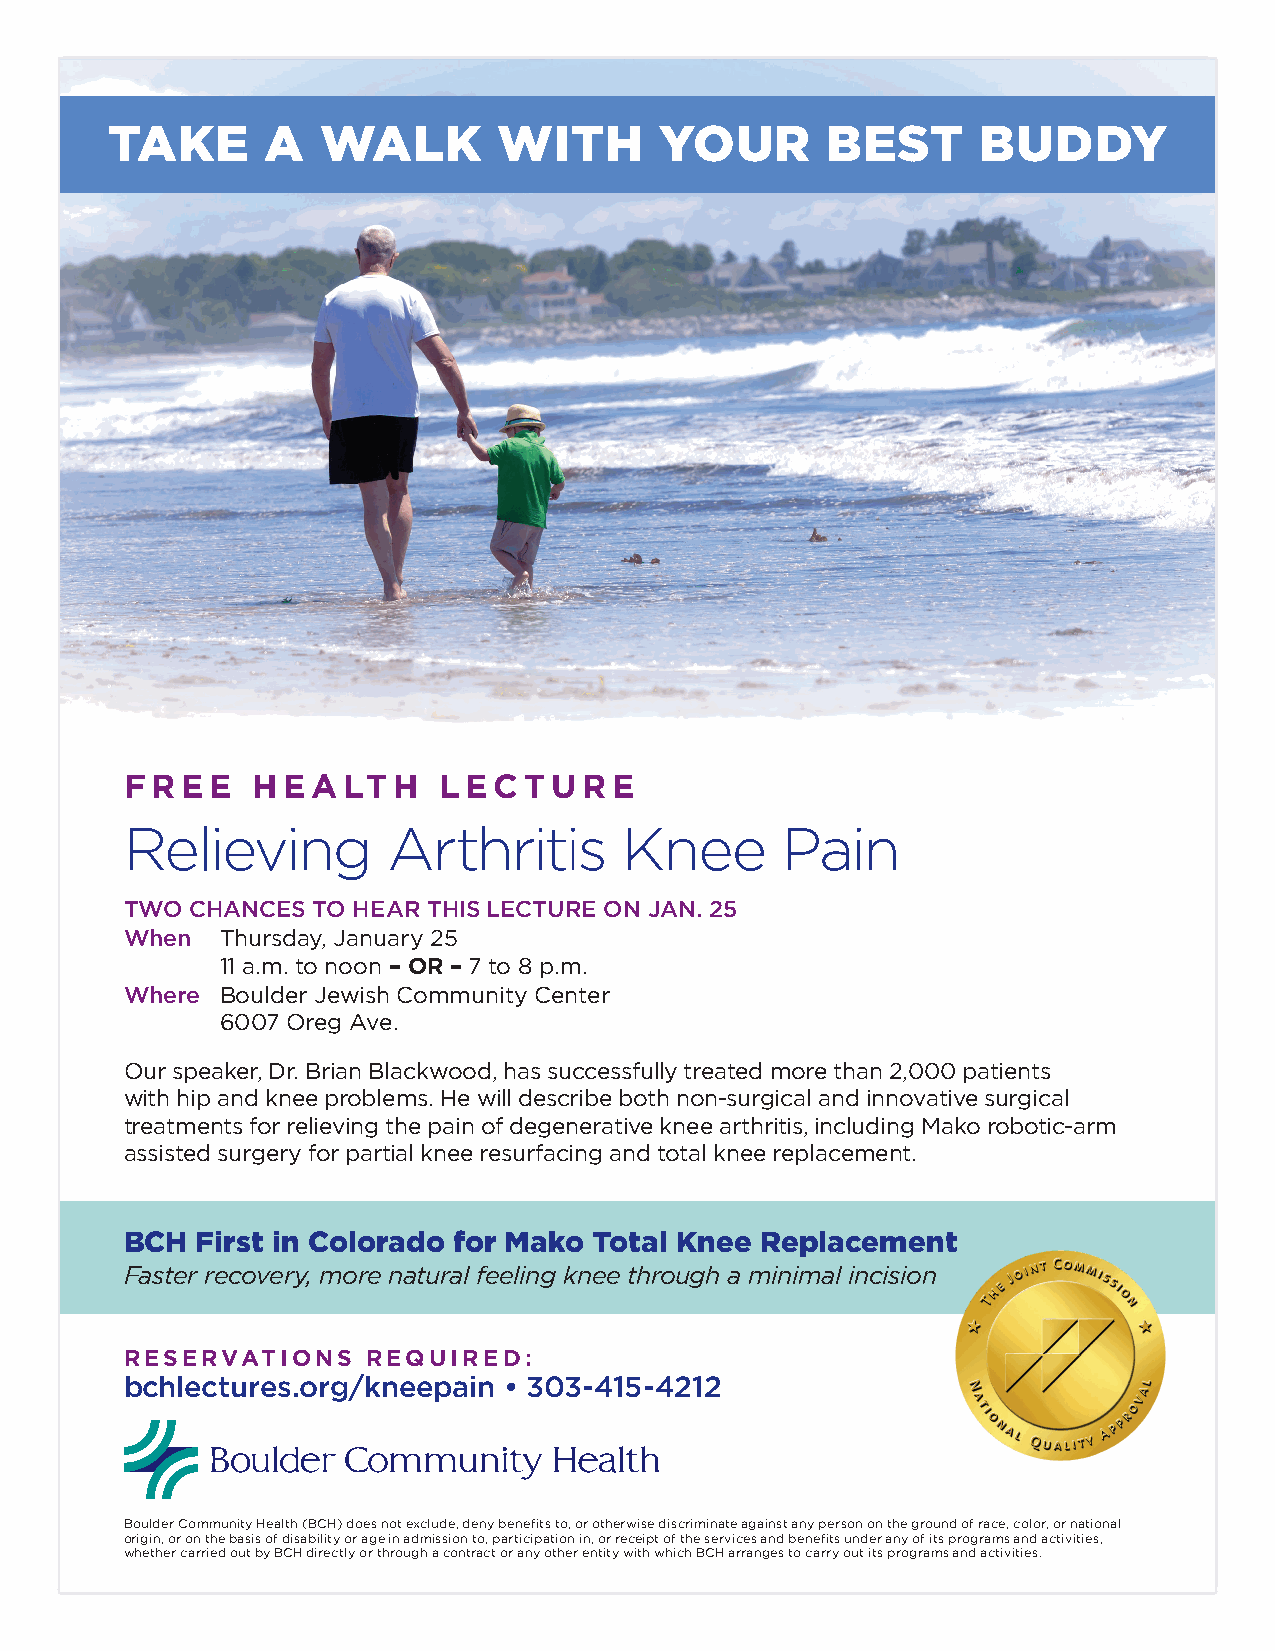
TAKE       A  WALK        WITH       YOUR       BEST      BUDDY
 FREE     HEALTH      LECTURE
 Relieving         Arthritis      Knee       Pain
 TWO  CHANCES TO HEAR THIS LECTURE ON JAN. 25
 When   Thursday, January 25
 11 a.m. to noon – OR – 7 to 8 p.m.
 Where  Boulder Jewish Community Center
 6007 Oreg Ave.
 Our speaker, Dr. Brian Blackwood, has successfully treated more than 2,000 patients
 with hip and knee problems. He will describe both non-surgical and innovative surgical
 treatments for relieving the pain of degenerative knee arthritis, including Mako robotic-arm
 assisted surgery for partial knee resurfacing and total knee replacement.
 BCH  First in Colorado for Mako Total Knee Replacement
 Faster recovery, more natural feeling knee through a minimal incision
 RESERVATIONS    REQUIRED:
 bchlectures.org/kneepain • 303-415-4212
 Boulder Community Health (BCH) does not exclude, deny benefits to, or otherwise discriminate against any person on the ground of race, color, or national
 origin, or on the basis of disability or age in admission to, participation in, or receipt of the services and benefits under any of its programs and activities,
 whether carried out by BCH directly or through a contract or any other entity with which BCH arranges to carry out its programs and activities.